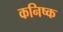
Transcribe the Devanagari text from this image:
कनिष्‍क